Newspaper: Western Reserve chronicle. [volume]
Place of publication: Warren, Ohio
Publisher: Hapgood & Adams
Date: 1870-03-09 00:00:00
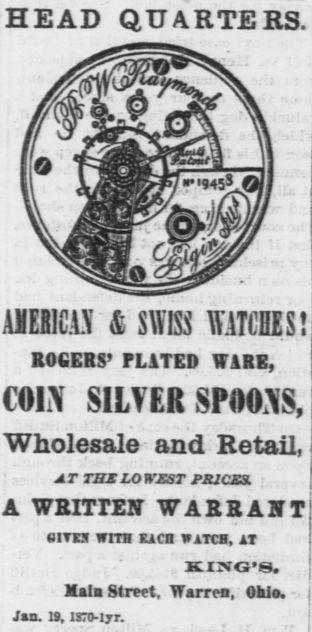
Advertisement text (OCR):
HEAD QUARTERS. AHESICiT & SWISS TOIIES! ROGERS' PLATED WARE, COIN SILVER SPOONS, Wholesale and Retail, AT TBE LOWEST f RICES, A WRITTEN WARRANT eiTEl WITH EACH WATCH, AT KING'S. Xala Street. TTarren, Ohio. Jan. 19, lSTO-lyr.
Label: illustrations